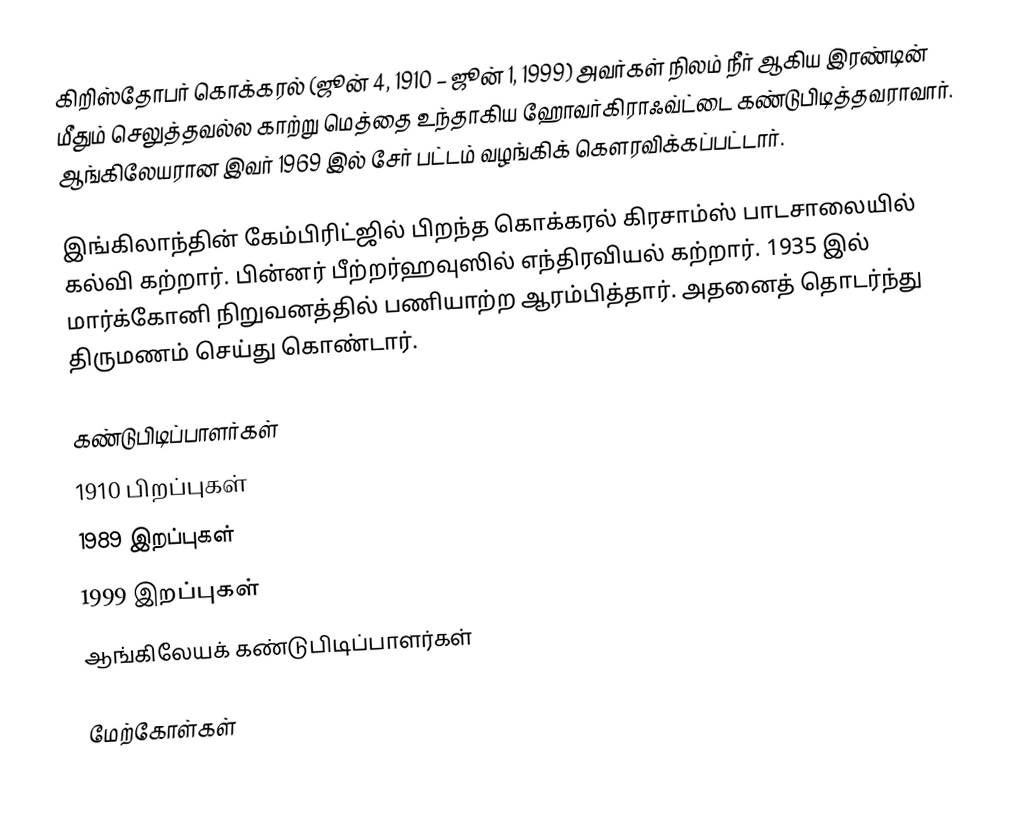
கிறிஸ்தோபர் கொக்கரல் (ஜூன் 4, 1910 – ஜூன் 1, 1999) அவர்கள் நிலம் நீர் ஆகிய இரண்டின் மீதும் செலுத்தவல்ல காற்று மெத்தை உந்தாகிய ஹோவர்கிராஃவ்ட்டை கண்டுபிடித்தவராவார். ஆங்கிலேயரான இவர் 1969 இல் சேர் பட்டம் வழங்கிக் கௌரவிக்கப்பட்டார்.

இங்கிலாந்தின் கேம்பிரிட்ஜில் பிறந்த கொக்கரல் கிரசாம்ஸ் பாடசாலையில் கல்வி கற்றார். பின்னர் பீற்றர்ஹவுஸில் எந்திரவியல் கற்றார். 1935 இல் மார்க்கோனி நிறுவனத்தில் பணியாற்ற ஆரம்பித்தார். அதனைத் தொடர்ந்து திருமணம் செய்து கொண்டார்.

கண்டுபிடிப்பாளர்கள்
1910 பிறப்புகள்
1989 இறப்புகள்
1999 இறப்புகள்
ஆங்கிலேயக் கண்டுபிடிப்பாளர்கள்

மேற்கோள்கள்